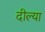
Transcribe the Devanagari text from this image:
दील्या